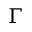
\Gamma